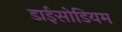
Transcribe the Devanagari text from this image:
डाईसोडियम